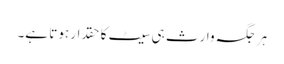
ہر جگہ وارث ہی سیٹ کا حقدار ہوتا ہے۔